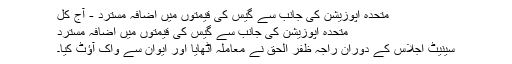
متحدہ اپوزیشن کی جانب سے گیس کی قیمتوں میں اضافہ مسترد - آج کل
متحدہ اپوزیشن کی جانب سے گیس کی قیمتوں میں اضافہ مسترد
سینیٹ اجلاس کے دوران راجہ ظفر الحق نے معاملہ اٹھایا اور ایوان سے واک آؤٹ کیا۔